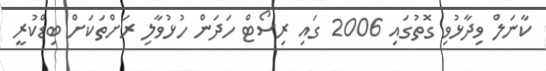
ކާނަލް ވިދާޅުވި ގޮތުގައި 2006 ގައި ރިސޯޓް ހަދަން ހުޅުވާލި ރަށްތަކަށް ބިޑްކުރީ